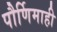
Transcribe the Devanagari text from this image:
पौर्णिमाही